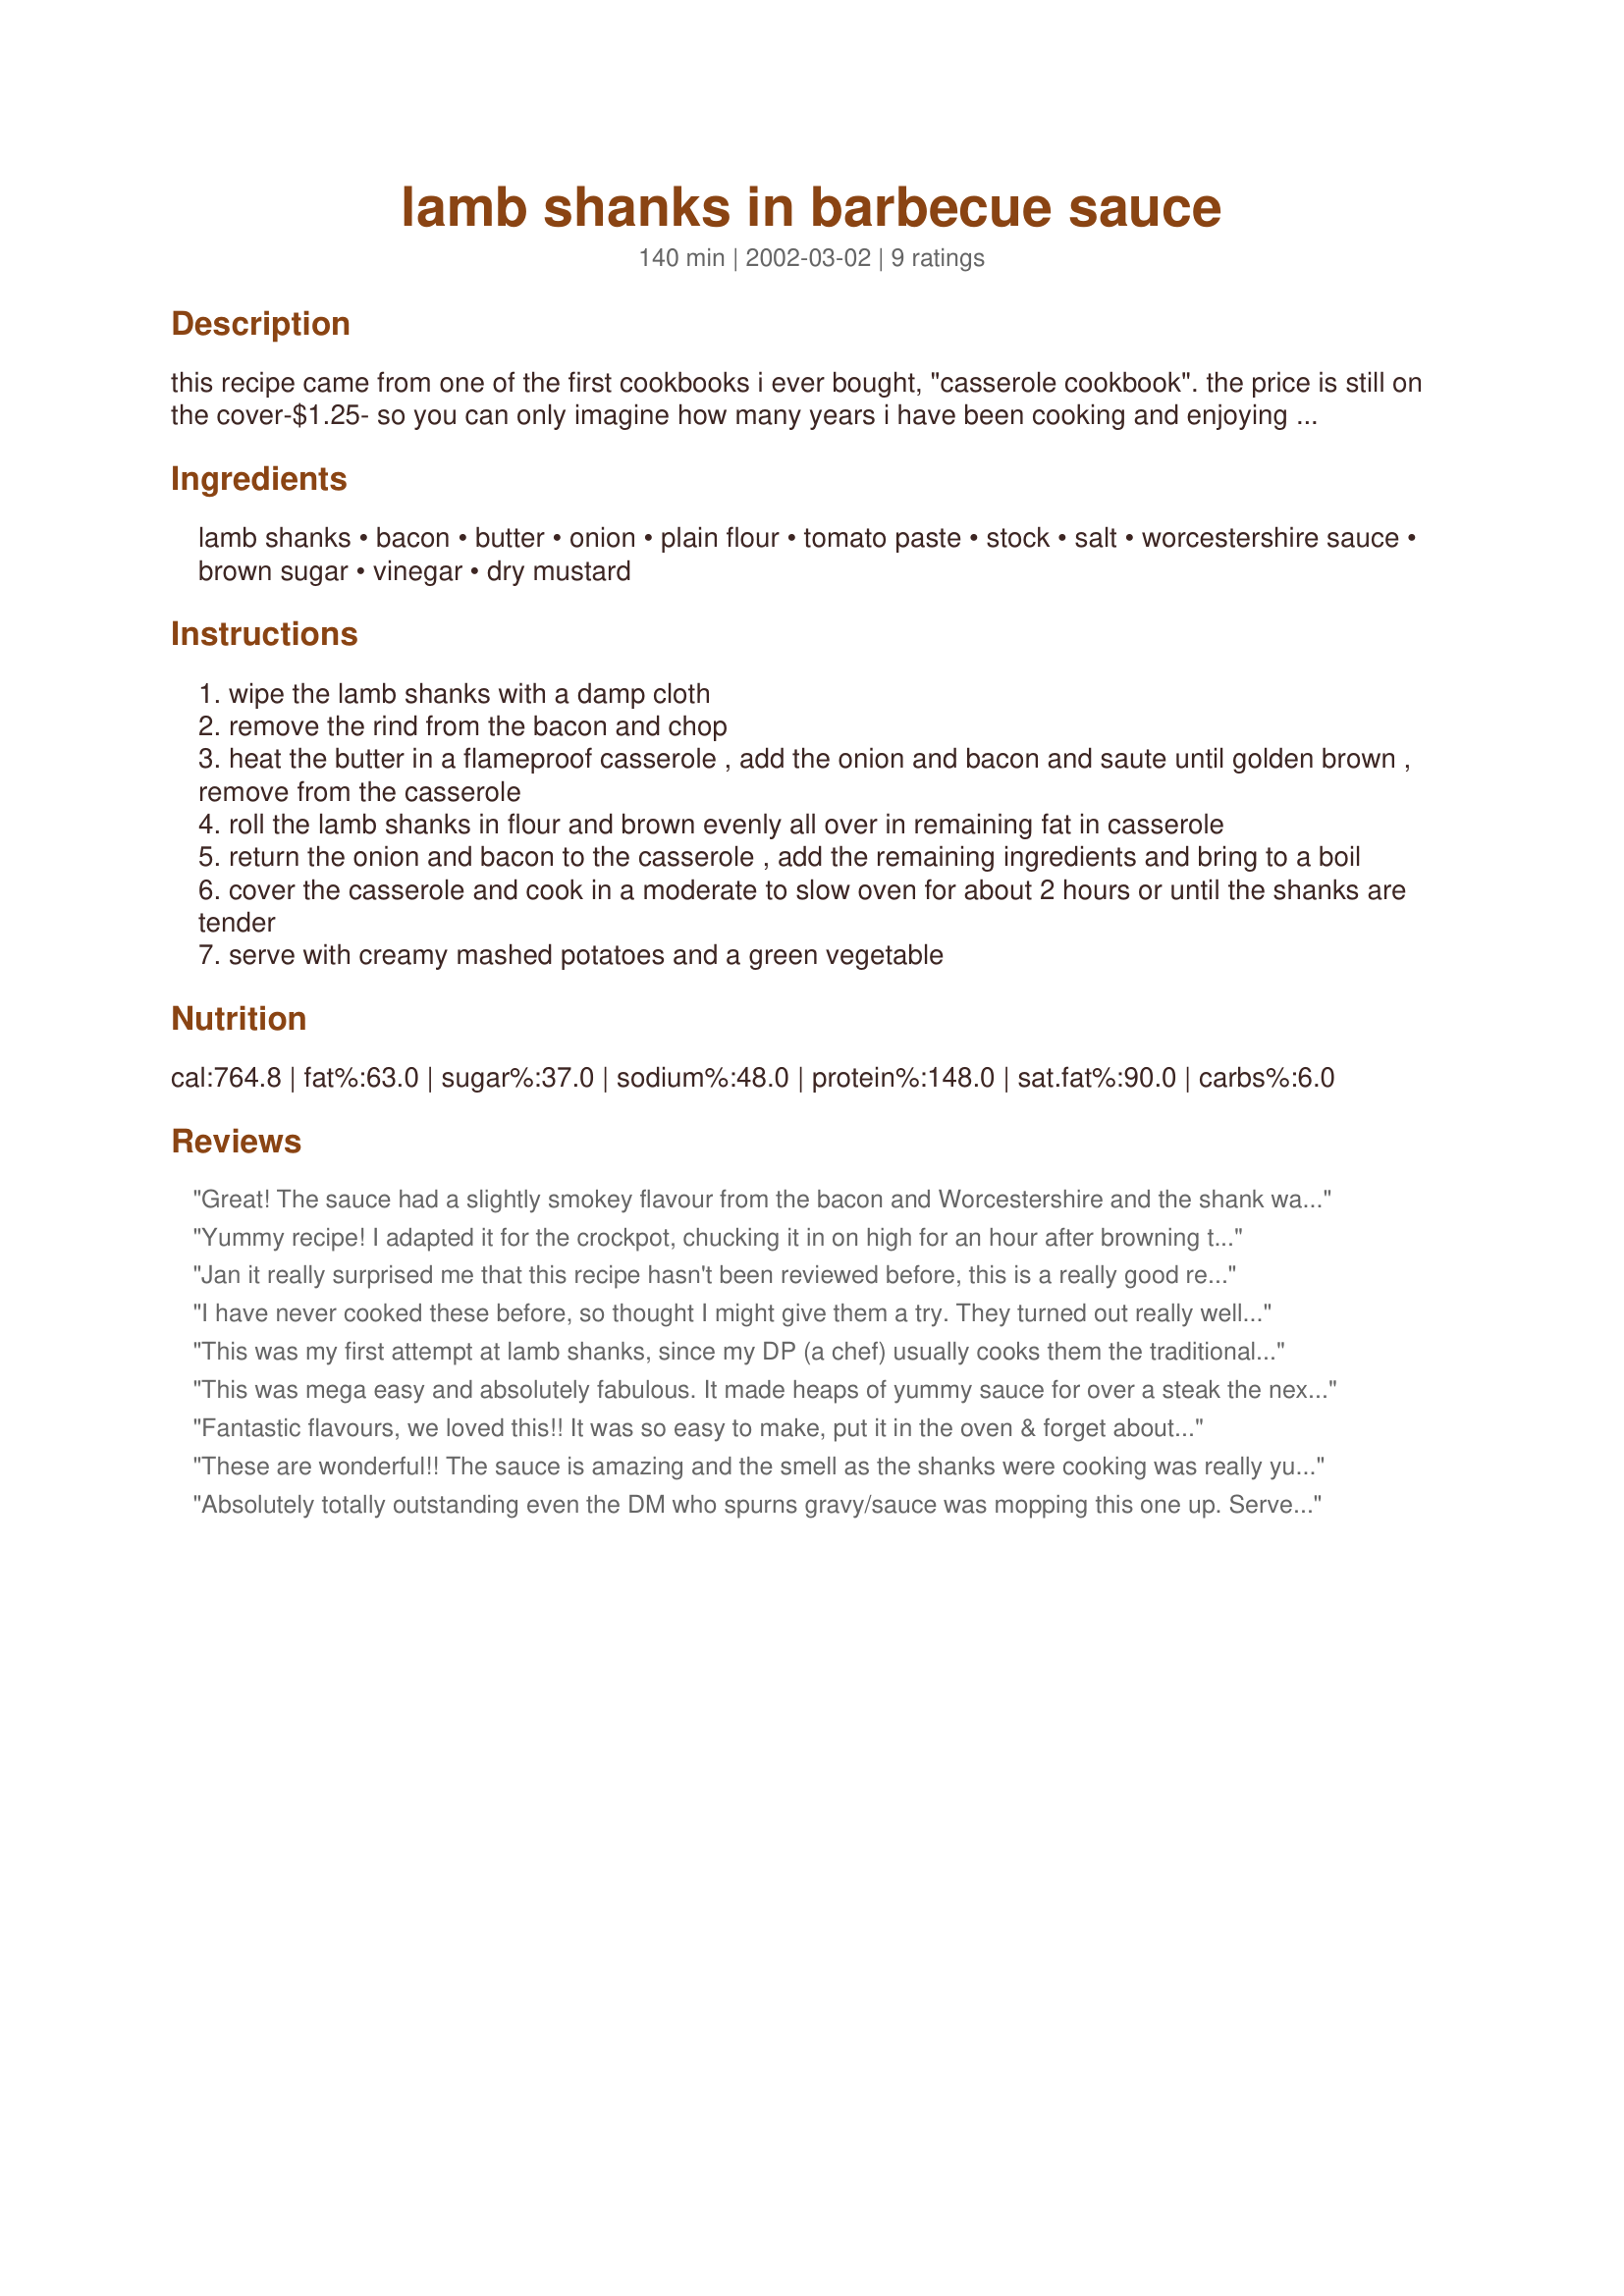
lamb shanks in barbecue sauce
Preparation time: 140 minutes

this recipe came from one of the first cookbooks i ever bought, "casserole cookbook". the price is still on the cover-$1.25- so you can only imagine how many years i have been cooking and enjoying these shanks.

Ingredients:
lamb shanks, bacon, butter, onion, plain flour, tomato paste, stock, salt, worcestershire sauce, brown sugar, vinegar, dry mustard

Steps:
wipe the lamb shanks with a damp cloth
remove the rind from the bacon and chop
heat the butter in a flameproof casserole , add the onion and bacon and saute until golden brown , remove from the casserole
roll the lamb shanks in flour and brown evenly all over in remaining fat in casserole
return the onion and bacon to the casserole , add the remaining ingredients and bring to a boil
cover the casserole and cook in a moderate to slow oven for about 2 hours or until the shanks are tender
serve with creamy mashed potatoes and a green vegetable

Reviews:
Great! The sauce had a slightly smokey flavour from the bacon and Worcestershire and the shank was beautifully tender. I used two large shanks that were about 600g each so like Jules cooked for 2.5 hours at 160C.
Yummy recipe! I adapted it for the crockpot, chucking it in on high for an hour after browning the shanks and onions, then turning down to low for another 7-8 hours. Didn't have bacon so used smoked paprika instead. Also added 1/2 t of garlic powder.
Next time I'll take the sauce out of the crockpot a bit early and thicken it on the stovetop.
Served with a spinach salad and potato wedges. Yummy!
Jan it really surprised me that this recipe hasn't been reviewed before, this is a really good recipe and I know that I will make it alot. 
The bacon and worcestershire sauce really gave this an excellent flavour. I used malt vinegar and chicken stock and as my shanks were larger than normal I cooked it for about 2 1/2 hours on 160C (320F) until the meat was falling off the bones.
I served with mashed potatoe and green beans and even my 2 year old asked for more.
Thanks for a great recipe.
I have never cooked these before, so thought I might give them a try. They turned out really well DS and DH really enjoyed these for a change.
I served these with mashed potatoes and vegetables.
DH said these had a great flavour and DS loved the gravy.
Easier than I thought to make, so will be trying these again.
Thanks Jan
This was my first attempt at lamb shanks, since my DP (a chef) usually cooks them the traditional way with rosemary & red wine. Now that it was my turn to cook, I thought I would try this recipe instead. WOW! Was this dish delicious & tasty? YES. Was it ultra easy to make? YES. Did it look like a restaurant quality meal when served atop creamy mash & steamed beans? YES. And most of all, did it impress the chef & our 2 year old son? YES, YES, YES! I made the recipe as listed, took out the shanks when done (just over 2hrs & meat was coming away from the bone) & covered to keep warm while I added cornflour to thicken the sauce & then blitzed it quickly to blend it all together. The result - a true winner that is sure to impress! Not a scrap left on our plates... thank you for a great recipe.
This was mega easy and absolutely fabulous. It made heaps of yummy sauce for over a steak the next day. This is defiately a keeper for comfort food on a cold night.
Fantastic flavours, we loved this!! It was so easy to make, put it in the oven & forget about it. The only change I made was after it was cooked, I added a little bit of cornflour & water to the liquid to thicken it up. As per your suggestion I served it with mashed potatoes & green beans, the leftovers are for lunch - Yum. Thanks JanS, for a great recipe.
These are wonderful!! The sauce is amazing and the smell as the shanks were cooking was really yummy. I served ours over courgette mash with spinach and it was the best dinner. The shanks absolutely fell apart and out of the 4 I cooked, I only managed to save one for the photograph as the meat fell off the bone on the others as I was lifting them out of the pan. Another great shank recipe Jan :)
Absolutely totally outstanding even the DM who spurns gravy/sauce was mopping this one up. Served on a mash of potatoe and sweet potatoe with steamed carrots, spinach and beans. I used 3 shanks weighing between 400g to 450g each and cooked at 150C in a fan forced oven (was allowing 2 1/2 hours but at 2 they were already just beginning to fall off the bone so turned oven done to 75C and served at the 2 1/2 hour mark). Didn't need to thicken the gravy just spooned it over oh I could just go on and on, a definate keeper when shanks are available at a reasonable price. Thank you Jan, made as a recipenap for Recipe Swap #25 February 2009 (Aussie Forum).
